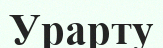
Урарту